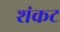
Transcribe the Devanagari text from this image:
शंकट